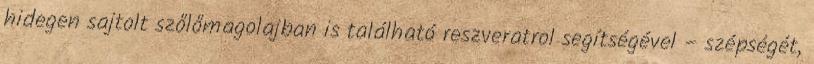
hidegen sajtolt szőlőmagolajban is található reszveratrol segítségével – szépségét,